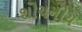
શોચનીય